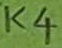
Text: K4